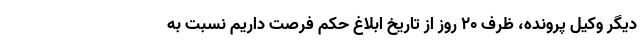
دیگر وکیل پرونده، ظرف ۲۰ روز از تاریخ ابلاغ حکم فرصت داریم نسبت به